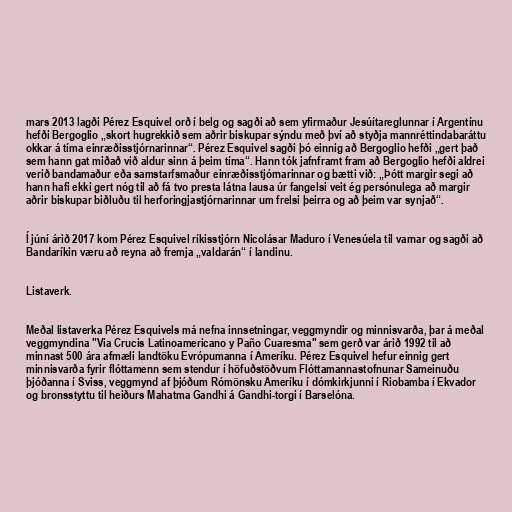
mars 2013 lagði Pérez Esquivel orð í belg og sagði að sem yfirmaður Jesúítareglunnar í Argentínu
hefði Bergoglio „skort hugrekkið sem aðrir biskupar sýndu með því að styðja mannréttindabaráttu
okkar á tíma einræðisstjórnarinnar“. Pérez Esquivel sagði þó einnig að Bergoglio hefði „gert það
sem hann gat miðað við aldur sinn á þeim tíma“. Hann tók jafnframt fram að Bergoglio hefði aldrei
verið bandamaður eða samstarfsmaður einræðisstjórnarinnar og bætti við: „Þótt margir segi að
hann hafi ekki gert nóg til að fá tvo presta látna lausa úr fangelsi veit ég persónulega að margir
aðrir biskupar biðluðu til herforingjastjórnarinnar um frelsi þeirra og að þeim var synjað“.

Í júní árið 2017 kom Pérez Esquivel ríkisstjórn Nicolásar Maduro í Venesúela til varnar og sagði að
Bandaríkin væru að reyna að fremja „valdarán“ í landinu.

Listaverk.

Meðal listaverka Pérez Esquivels má nefna innsetningar, veggmyndir og minnisvarða, þar á meðal
veggmyndina "Via Crucis Latinoamericano y Paño Cuaresma" sem gerð var árið 1992 til að
minnast 500 ára afmæli landtöku Evrópumanna í Ameríku. Pérez Esquivel hefur einnig gert
minnisvarða fyrir flóttamenn sem stendur í höfuðstöðvum Flóttamannastofnunar Sameinuðu
þjóðanna í Sviss, veggmynd af þjóðum Rómönsku Ameríku í dómkirkjunni í Riobamba í Ekvador
og bronsstyttu til heiðurs Mahatma Gandhi á Gandhi-torgi í Barselóna.